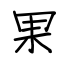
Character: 果